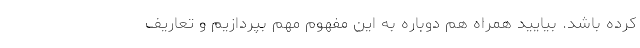
کرده باشد. بیایید همراه هم دوباره به این مفهوم مهم بپردازیم و تعاریف